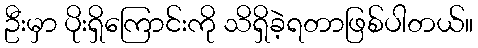
ဦးမှာ ပိုးရှိကြောင်းကို သိရှိခဲ့ရတာဖြစ်ပါတယ်။